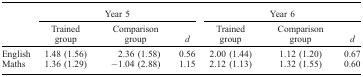
<table><thead><tr><td></td><td colspan="3"><b>Year 5</b></td><td colspan="3"><b>Year 6</b></td></tr><tr><td></td><td><b>Trained group</b></td><td><b>Comparison group</b></td><td><b><i>d</i></b></td><td><b>Trained group</b></td><td><b>Comparison group</b></td><td><b><i>d</i></b></td></tr></thead><tbody><tr><td>English</td><td>1.48 (1.56)</td><td>2.36(1.58)</td><td>0.56</td><td>2.00 (1.44)</td><td>1.12 (1.20)</td><td>0.67</td></tr><tr><td>Maths</td><td>1.36 (1.29)</td><td>−1.04 (2.88)</td><td>1.15</td><td>2.12 (1.13)</td><td>1.32 (1.55)</td><td>0.60</td></tr></tbody></table>